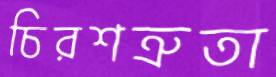
চিরশত্রুতা